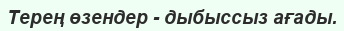
Терең өзендер - дыбыссыз ағады.